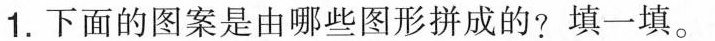
1.下面的图案是由哪些图形拼成的?填一填。